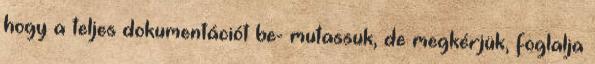
hogy a teljes dokumentációt be- mutassuk, de megkérjük, foglalja